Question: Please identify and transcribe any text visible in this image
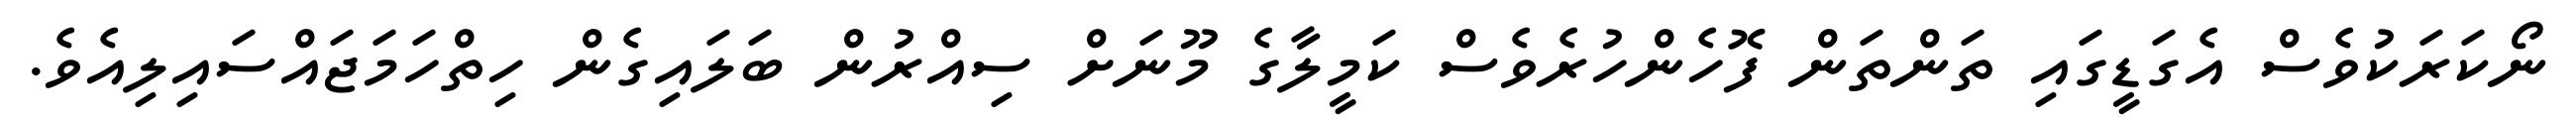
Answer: ނޯކަރަކުވެސް އެގަޑީގައި ތަންތަން ފޮހެންހުރެވެސް ކަމީލާގެ މޫނަށް ސިއްރުން ބަލައިގެން ހިތްހަމަޖައްސައިލިއެވެ.